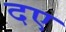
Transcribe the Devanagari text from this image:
दए